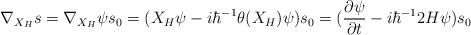
\begin{align*}\nabla _{X_{H}}s=\nabla _{X_{H}}\psi s_{0}=(X_{H}\psi -i\hbar ^{-1}\theta (X_{H})\psi )s_{0}=(\frac{\partial \psi }{\partial t}-i\hbar ^{-1}2H\psi )s_{0}\end{align*}